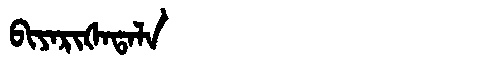
Manchu: ᠪᡳᠶᠠᡵᡳᡧᠠᡨᠠᠯᠠ
Romanization: BIYARIŠATALA